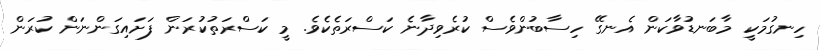
ހިނގުމަކީ މާބަނޑުވާކަން އެނގޭ ހިސާބުންވެސް ކުރެވިދާނެ ކަސްރަތެކެވެ. މީ ކަސްރަތުކުރަން ފަށައިގަންނަން ކުރަން